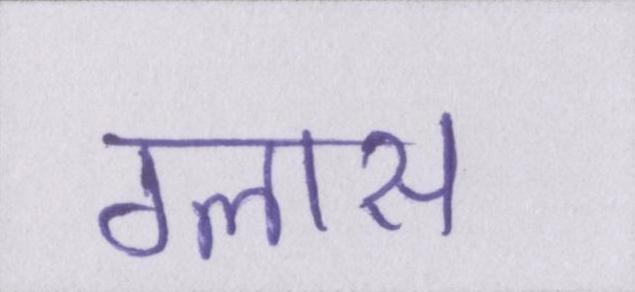
ग्लास